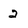
Character: 2